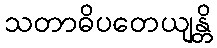
သတာဓိပတေယျန္တိ